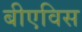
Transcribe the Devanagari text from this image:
बीएविस